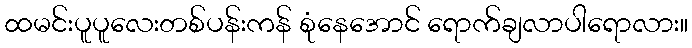
ထမင်းပူပူလေးတစ်ပန်းကန် စုံနေအောင် ရောက်ချလာပါရောလား။